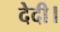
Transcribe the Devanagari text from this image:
देदी।